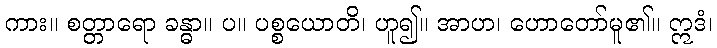
ကား။ စတ္တာရော ခန္ဓာ။ ပ။ ပစ္စယောတိ၊ ဟူ၍။ အာဟ၊ ဟောတော်မူ၏။ ဣဒံ၊